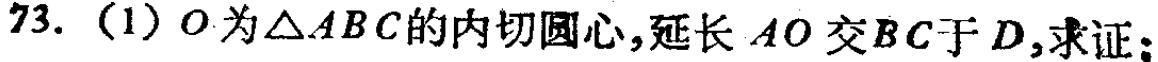
73. (1) \(O\)为\(\triangle ABC\)的内切圆心,延长\(AO\)交\(BC\)于\(D\),求证: